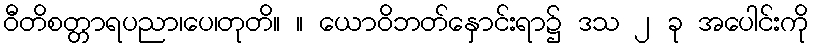
ဝီတိစတ္တာရပညာ၊ပေ၊တုတိ။ ။ ယောဝိဘတ်နှောင်းရာ၌ ဒသ ၂ ခု အပေါင်းကို